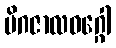
မိဂဇာလဝဂ္ဂေါ